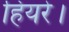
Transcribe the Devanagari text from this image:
हियरे।